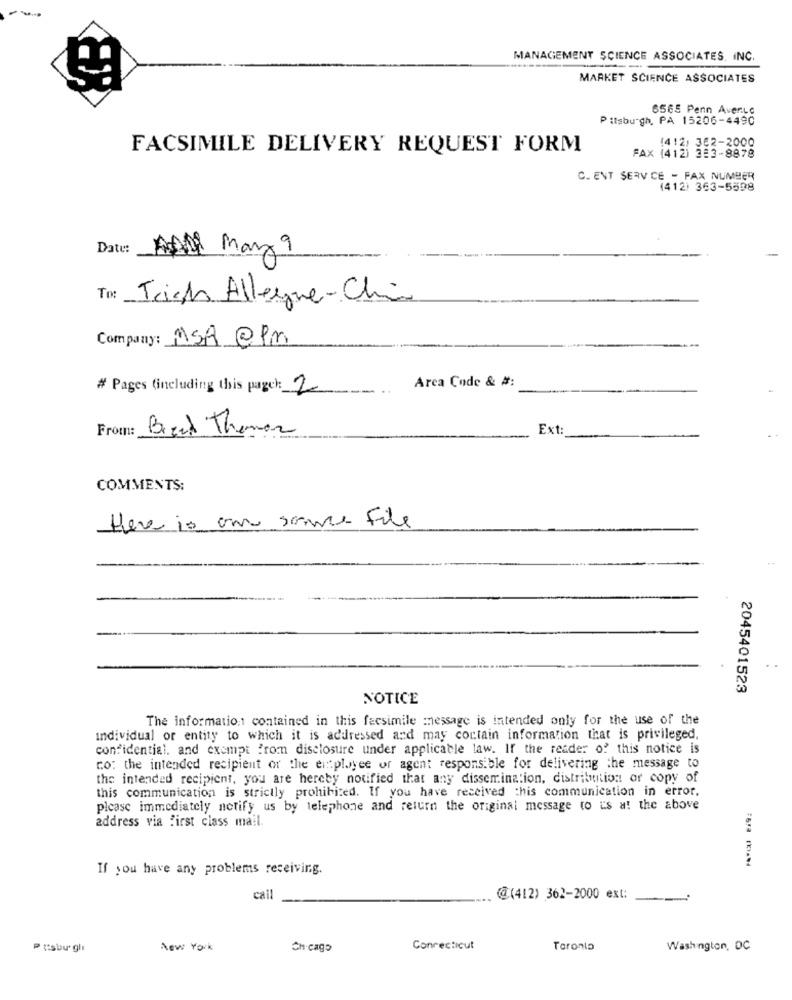
MANAGEMENT SCIENCE ASSOCIATES, INC.
---
MARKET SCIENCE ASSOCIATES
6565 Penn Avenue
Pitsburgh, PA 15206-4490
FACSIMILE DELIVERY REQUEST FORM
1412: 362-2000
FAX (412) 283-8878
C. ENT SERV CE - FAX NUMBER
(412) 363-5598
Date:
Ali May 9
Trish Allegue-Chin
Company: ASA@PM
Arca Code & #:
# Pages (including this pageh: 2
From:
Bread Themer
Ext
COMMENTS:
there is on some File
2045401523
NOTICE
The information contained in this facsimile message is intended only for the use of the
individual or entity to which it is addressed and may contain information that is privileged.
confidential, and exempt from disclosure under applicable law. If the reader of this notice is
co: the intended recipient of the eitployee or agent responsible for delivering the message to
the intended recipient, you are hereby notified that any dissemination, distribution or copy of
this communication is strictly prohibited. If you have received this communication in error,
please immediately notify us by telephone and return the original message to is a! the above
address via first class mail.
If you have any problems receiving.
call
@(412) 362-2000 ext:
Pisbu' gli
New York
Chicago
Connecticut
Toronto
Washington, DC